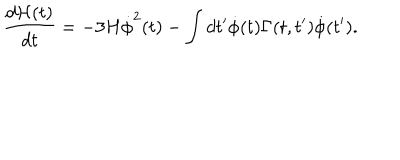
\frac { d { \cal H } ( t ) } { d t } = - 3 H { \dot { \phi } } ^ { 2 } ( t ) - \int d t ^ { \prime } { \dot { \phi } } ( t ) \Gamma ( t , t ^ { \prime } ) { \dot { \phi } } ( t ^ { \prime } ) .